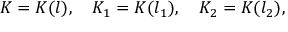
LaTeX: K = K ( l ) , \quad K _ { 1 } = K ( l _ { 1 } ) , \quad K _ { 2 } = K ( l _ { 2 } ) ,